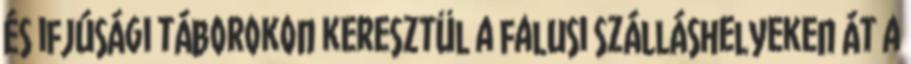
és ifjúsági táborokon keresztül a falusi szálláshelyeken át a